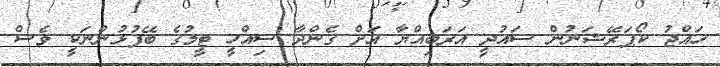
ހައްޖު ކޯޕަރޭޝަނުން ސައުދީ އަރަބިއްޔާ އަށް ގެންދާ ސިއްހީ ޓީމުގެ ބޭފުޅުންނަކީ ވެސް